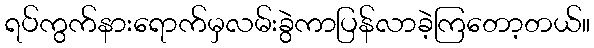
ရပ်ကွက်နားရောက်မှလမ်းခွဲကာပြန်လာခဲ့ကြတော့တယ်။